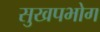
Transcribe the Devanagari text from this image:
सुखपभोग